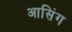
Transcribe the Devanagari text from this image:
आसिंग